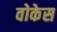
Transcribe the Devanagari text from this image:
वोकेस